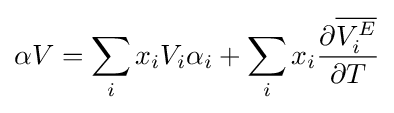
\alpha V=\sum _{i}x_{i}V_{i}\alpha _{i}+\sum _{i}x_{i}{\frac {\partial {\overline {V_{i}^{E}}}}{\partial T}}